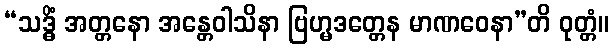
“သဒ္ဓိံ အတ္တနော အန္တေဝါသိနာ ဗြဟ္မဒတ္တေန မာဏဝေနာ”တိ ဝုတ္တံ။